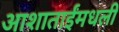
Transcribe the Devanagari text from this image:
आशाताईंमधली